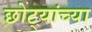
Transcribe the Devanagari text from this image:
छोट्यांच्या